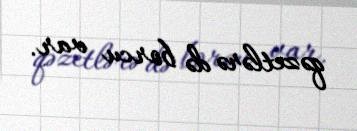
qəzetlərə də borcu var.